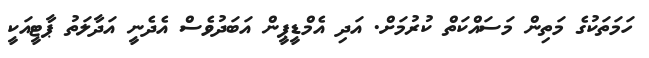
ހަމަތަކުގެ މަތިން މަސައްކަތް ކުރުމަށް. އަދި އެމްޑީޕީން އަބަދުވެސް އެދެނީ އަދާލަތު ޕާޓީއަކީ